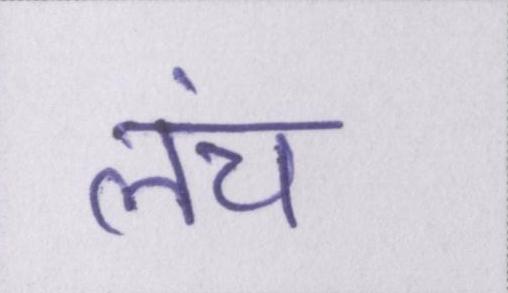
लंच